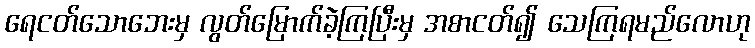
ရေငတ်သောဘေးမှ လွတ်မြောက်ခဲ့ကြပြီးမှ အစာငတ်၍ သေကြရမည်လောဟု